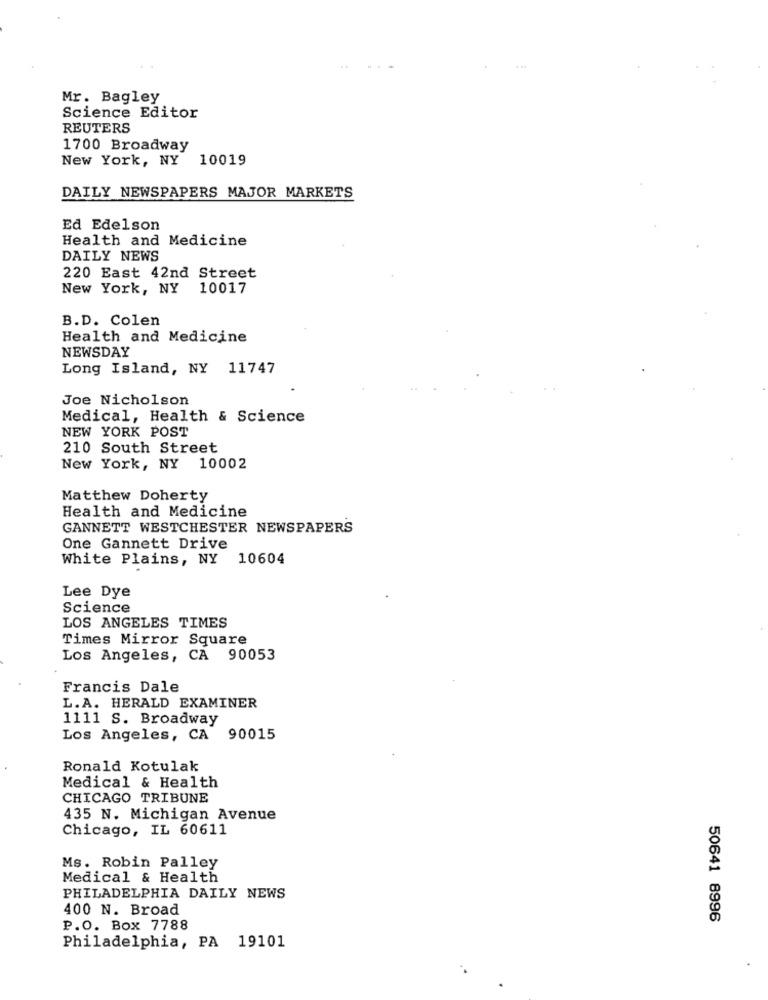
Mr. Bagley
Science Editor
REUTERS
1700 Broadway
New York, NY 10019
DAILY NEWSPAPERS MAJOR MARKETS
Ed Edelson
Health and Medicine
DAILY NEWS
220 East 42nd Street
New York, NY
10017
B.D. Colen
Health and Medicine
NEWSDAY
Long Island, NY
11747
Joe Nicholson
Medical, Health & Science
NEW YORK POST
210 South Street
New York, NY 10002
Matthew Doherty
Health and Medicine
GANNETT WESTCHESTER NEWSPAPERS
One Gannett Drive
White Plains, NY 10604
Lee Dye
Science
LOS ANGELES TIMES
Times Mirror Square
Los Angeles, CA 90053
Francis Dale
L.A. HERALD EXAMINER
1111 S. Broadway
Los Angeles, CA 90015
Ronald Kotulak
Medical & Health
CHICAGO TRIBUNE
435 N. Michigan Avenue
Chicago, IL 60611
Ms. Robin Palley
Medical & Health
PHILADELPHIA DAILY NEWS
400 N. Broad
50641 8996
P.O. Box 7788
Philadelphia, PA 19101